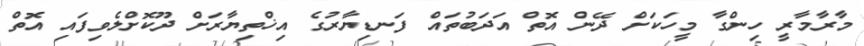
މާރާމާރީ ހިންގާ މީހަކަށް ދޭން އޮތް އަދަބުތައް ފަނޑިޔާރުގެ އިޚްތިޔާރަށް ދޫކޮށްލެވިފައި އޮތް